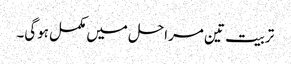
تربیت تین مراحل میں مکمل ہوگی۔